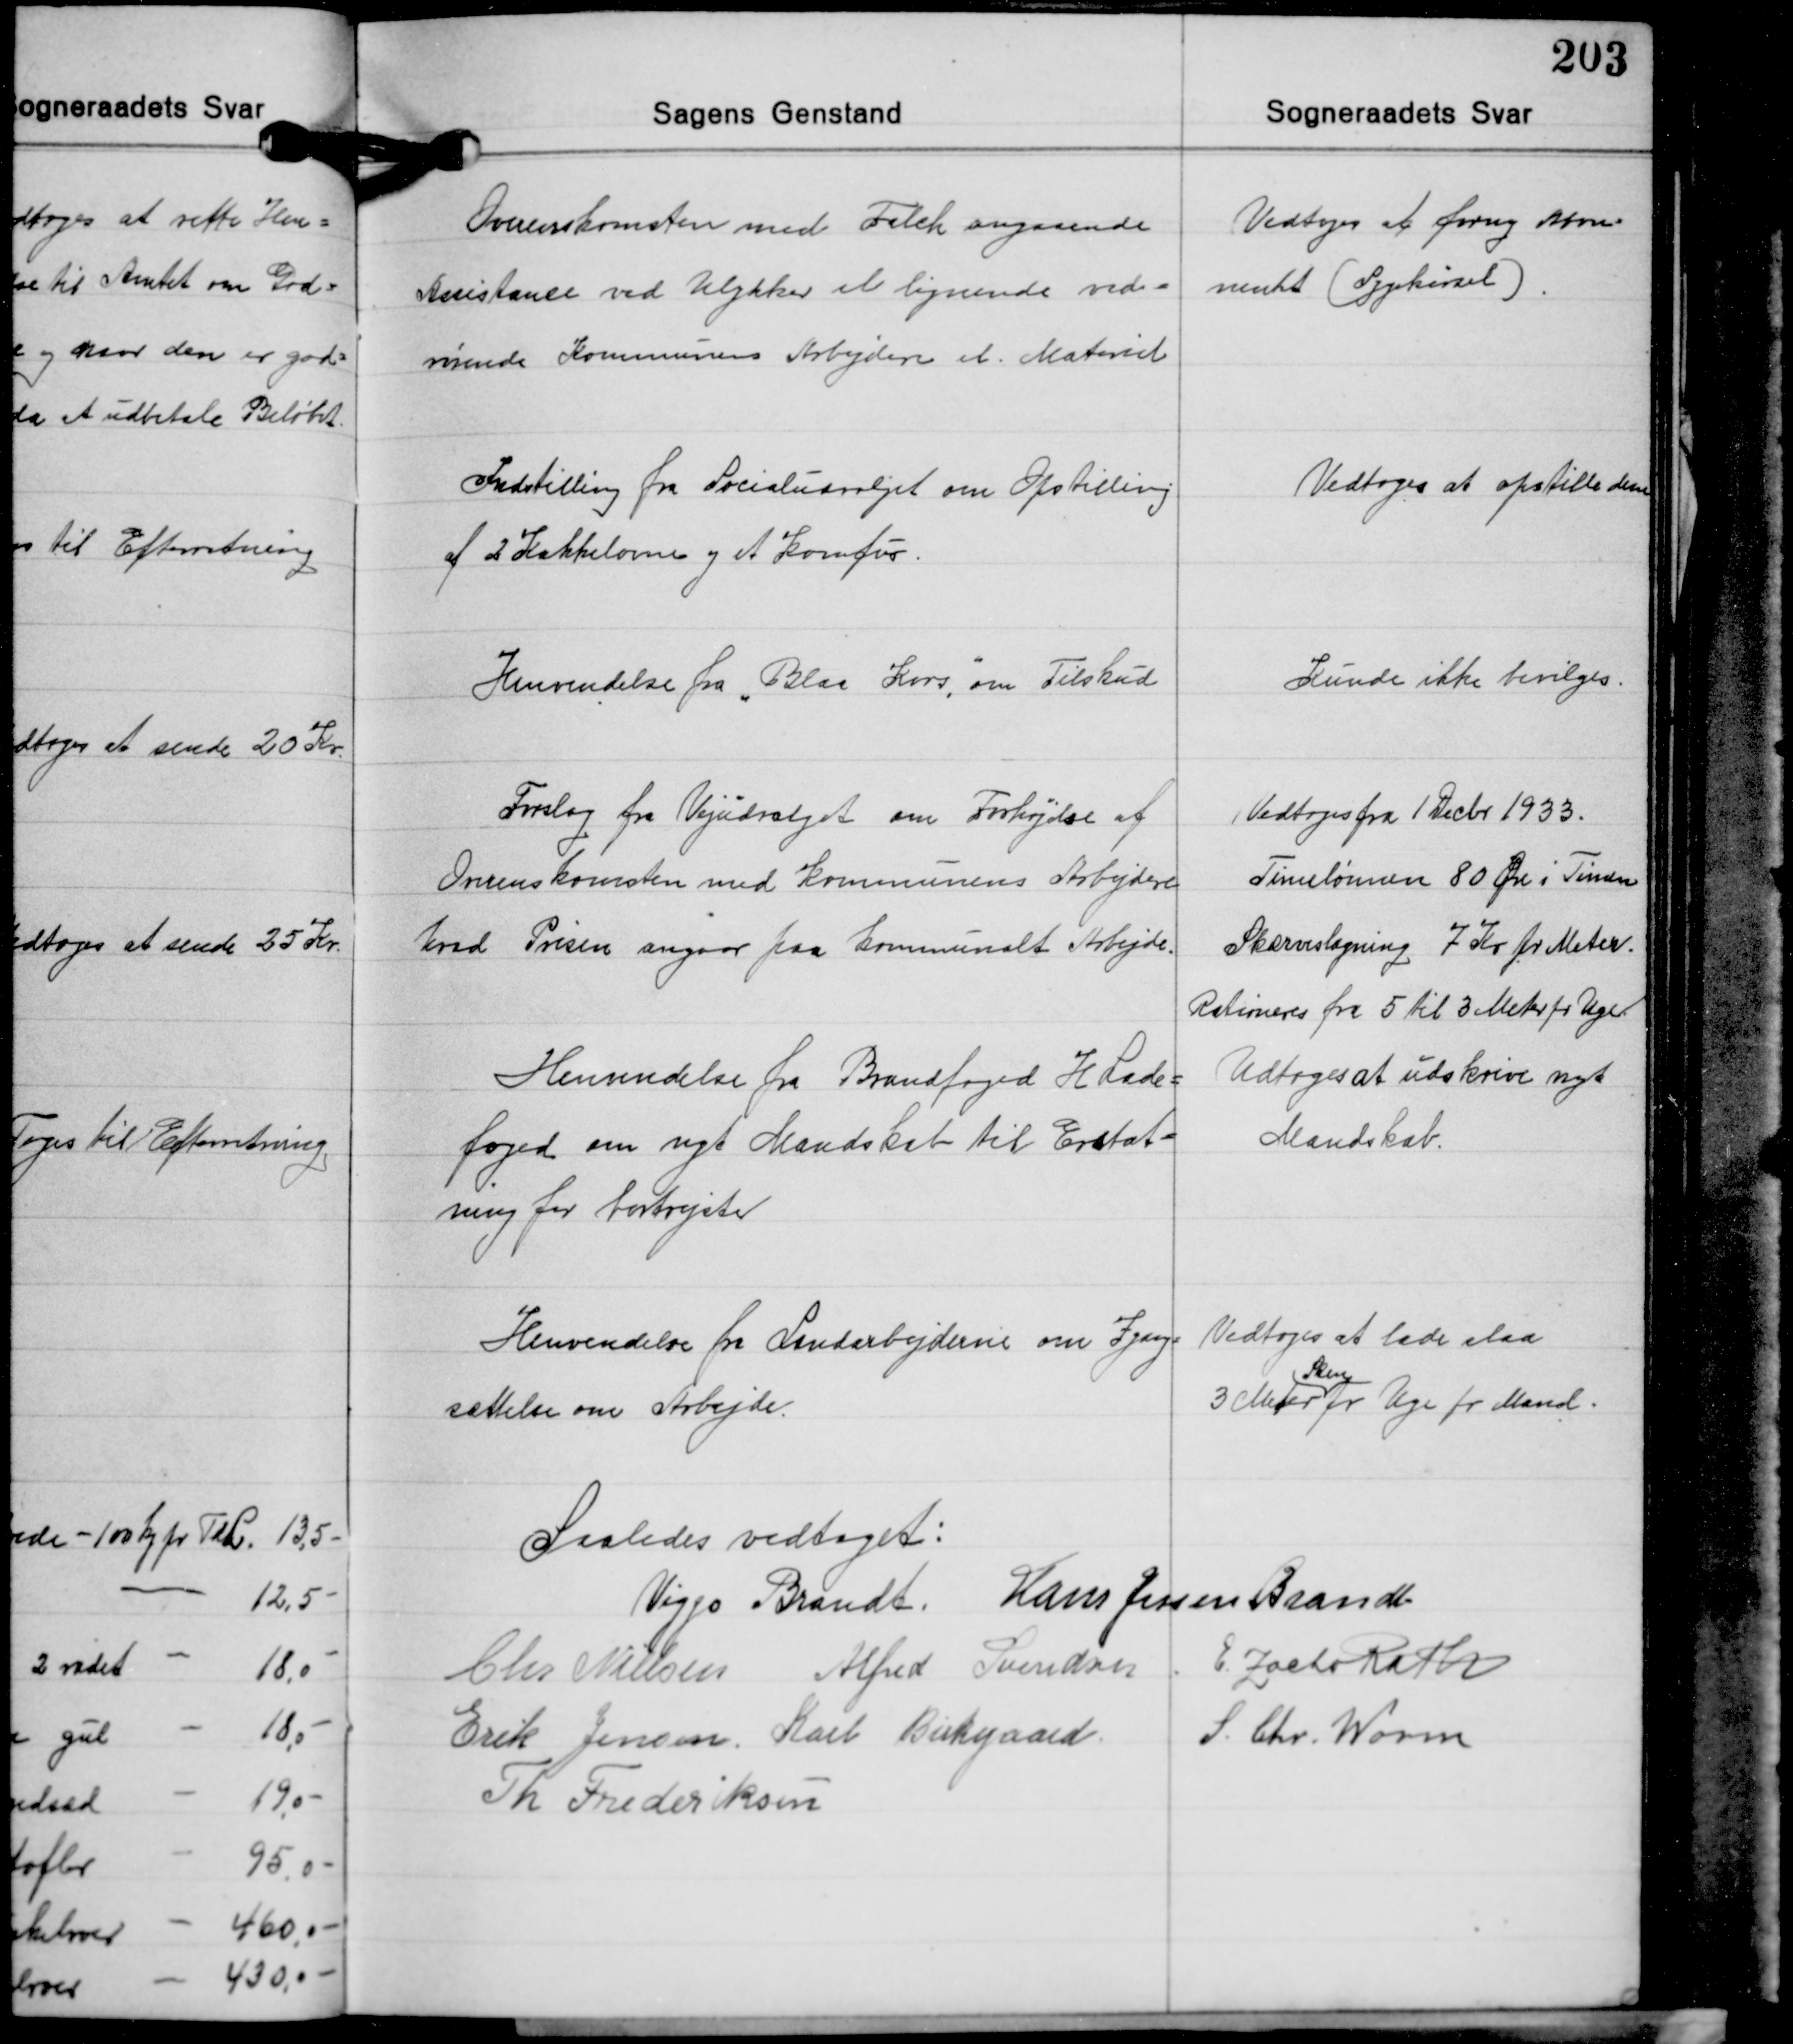
Transskription:
Overenskomsten med Falck angaaende
Assistance ved Ulykker el. lignende ved-
røende Kommunens Arbejdere el. Materiel

Vedtoges at forny Abon-
nement (Sygekørsel).

Indstilling fra Socialudvalget om Opstilling
af 2 Kakkelovne og et Komfur.

Vedtoges at opstille dem

Henvendelse fra "Blaa Kors", om Tilskud

Kunde ikke bevilges.

Forslag fra Vejudvalget om Forhøjelse af
Overenskomsten med Kommunens Arbejdere
hvad Prisen angaar paa kommunalt Arbejde.

Vedtoges fra 1 Decbr. 1933.
Timelønnen 80 Øre i Timen
Skærveslagning 7 Kr. pr. Meter.
Rationeres fra 5 til 3 Meter pr. Uge.

Henvendelse fra Brandfoged H. Lade-
foged om nyt Mandskab til Erstat-
ning for bortrejste

Vedtoges at udskrive nyt
Mandskab.

Henvendelse fra Landarbejderne om Igang-
sættelse om Arbejde.

Vedtoges at lade slaa
Sten
3 Meter pr. Uge pr. Mand.

Saaledes vedtaget:
Viggo Brandt Hans Jessen Brandt
Chr. Nielsen Alfred Svendsen E. Zacho Rath
Erik Jensen Karl Birkgaard S. Chr. Worm
Th. Frederiksen